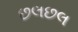
છલછલ